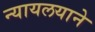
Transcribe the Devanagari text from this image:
न्यायलयाने